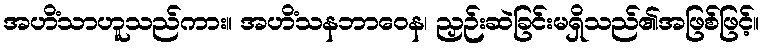
အဟိံသာဟူသည်ကား။ အဟိံသနဘာဝေန၊ ညှဉ်းဆဲခြင်းမရှိသည်၏အဖြစ်ဖြင့်။